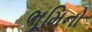
ભૂમિનો